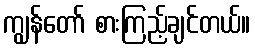
ကျွန်တော် စားကြည့်ချင်တယ်။